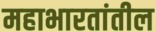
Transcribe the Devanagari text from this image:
महाभारतांतील